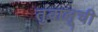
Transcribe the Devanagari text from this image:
तुवालूची